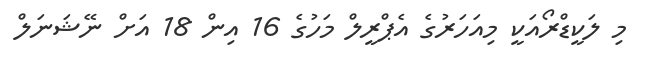
މި ލަކީޑްރޯއަކީ މިއަހަރުގެ އެޕްރީލް މަހުގެ 16 އިން 18 އަށް ނޭޝަނަލް